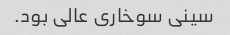
سینی سوخاری عالی بود.